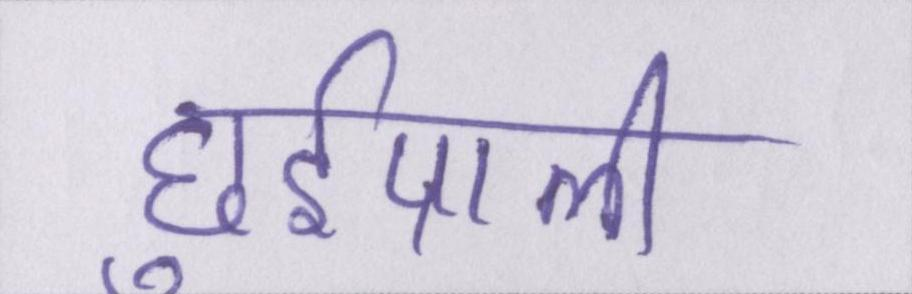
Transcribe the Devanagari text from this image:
छुईपाली